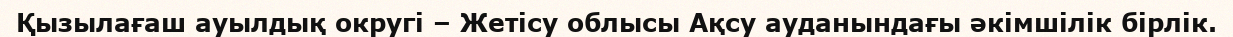
Қызылағаш ауылдық округі – Жетісу облысы Ақсу ауданындағы әкімшілік бірлік.